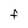
Character: F